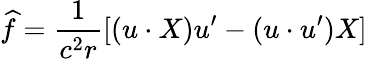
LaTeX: \widehat{f}=\frac 1{c^{2}r}[(u\cdot X)u^{\prime}-(u\cdot u^{\prime})X]